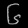
Digit: ၆